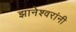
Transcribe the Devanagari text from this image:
झानेश्वरांनी